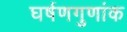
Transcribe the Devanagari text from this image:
घर्षणगुणांक